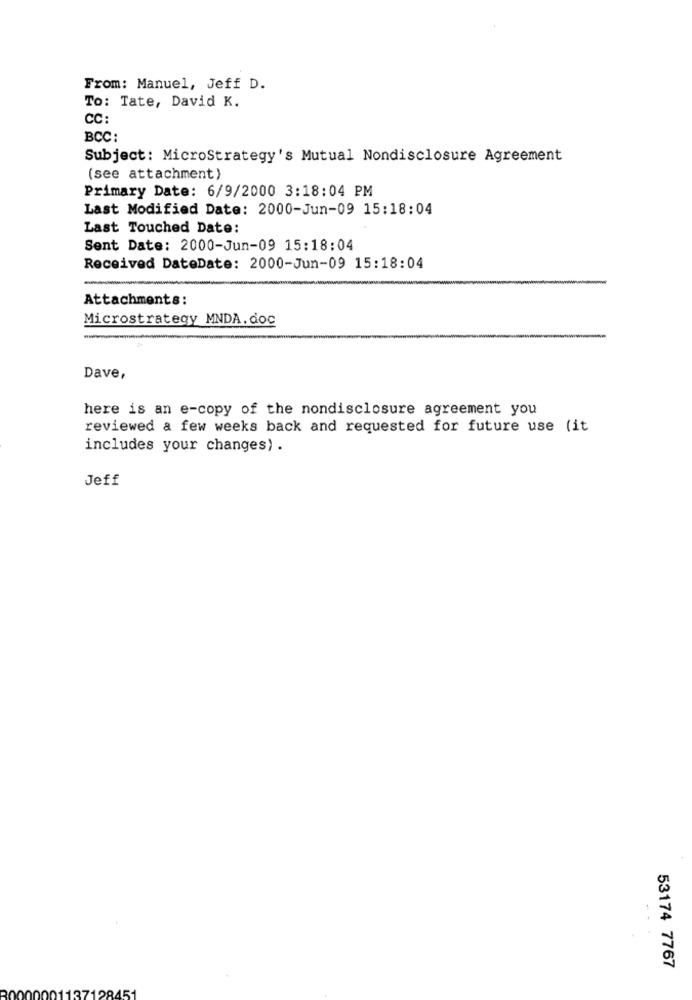
From: Manuel, Jeff D.
To: Tate, David K.
CC:
BCC:
Subject: MicroStrategy's Mutual Nondisclosure Agreement
(see attachment)
Primary Date: 6/9/2000 3:18:04 PM
Last Modified Date: 2000-Jun-09 15:18:04
Last Touched Date:
Sent Date: 2000-Jun-09 15:18:04
Received DateDate: 2000-Jun-09 15:18:04
Attachments:
Microstrategy MNDA. doc
Dave,
here is an e-copy of the nondisclosure agreement you
reviewed a few weeks back and requested for future use (it
includes your changes) .
Jeff
53174 7767